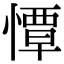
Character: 憛